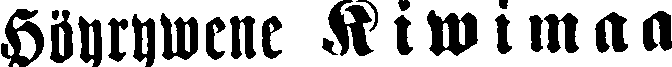
Höyrywene Kiwimaa